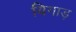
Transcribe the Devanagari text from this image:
विगाड़